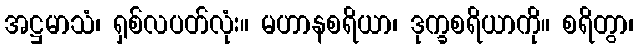
အဋ္ဌမာသံ၊ ရှစ်လပတ်လုံး။ မဟာနစရိယာ၊ ဒုက္ခစရိယာကို။ စရိတွာ၊